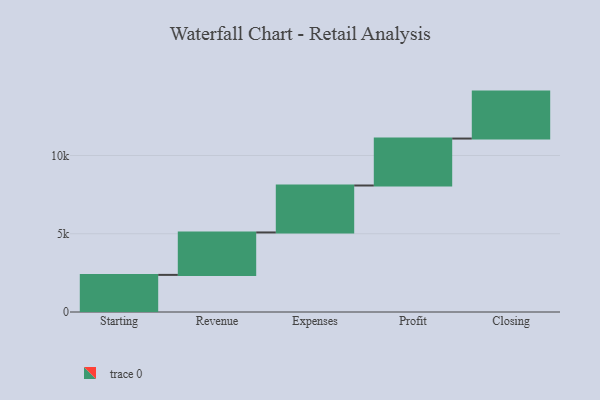
{"axis": {"x": "Step", "y": "Value"}, "legend": [""], "data": [{"x": "Starting", "y": 2371.0, "type": ""}, {"x": "Revenue", "y": 2712.0, "type": ""}, {"x": "Expenses", "y": 3000, "type": ""}, {"x": "Profit", "y": 3000, "type": ""}, {"x": "Closing", "y": 3000, "type": ""}]}